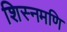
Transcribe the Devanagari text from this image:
शिस्नमणि